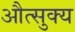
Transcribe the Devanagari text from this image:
औत्सुक्‍य